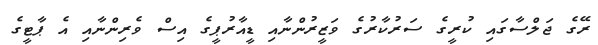
ރޭގެ ޖަލްސާގައި ކުރީގެ ސަރުކާރުގެ ވަޒީރުންނާއި ޑީއާރުޕީގެ އިސް ވެރިންނާއި އެ ޕާޓީގެ